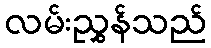
လမ်းညွှန်သည်